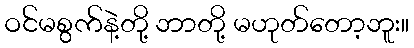
ဝင်မစွက်နဲ့တို့ ဘာတို့ မဟုတ်တော့ဘူး။